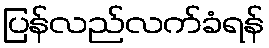
ပြန်လည်လက်ခံရန်